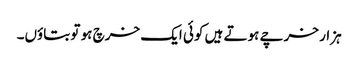
ہزار خرچے ہوتے ہیں کوئی ایک خرچ ہو تو بتاؤں۔